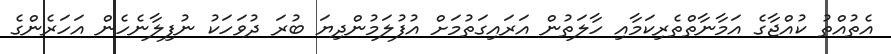
އެތުއްތު ކުއްޖާގެ އަމާނާތްތެރިކަމާއި ހާލަތުން އަރައިގަތުމަށް އުފުލަމުންދިޔަ ބުރަ ދުވަހަކު ނުފިލާނެހެން އަހަރެންގެ